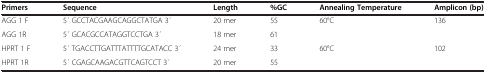
| Primers | Sequence | Length | %GC | Annealing Temperature | Amplicon (bp) |
 | --- | --- | --- | --- | --- | --- |
 | AGG 1 F | 5′ GCCTACGAAGCAGGCTATGA 3′ | 20 mer | 55 | 60°C | 136 |
 | AGG 1R | 5′ GCACGCCATAGGTCCTGA 3′ | 18 mer | 61 |  |  |
 | HPRT 1 F | 5′ TGACCTTGATTTATTTTGCATACC 3′ | 24 mer | 33 | 60°C | 102 |
 | HPRT 1R | 5′ CGAGCAAGACGTTCAGTCCT 3′ | 20 mer | 55 |  |  |